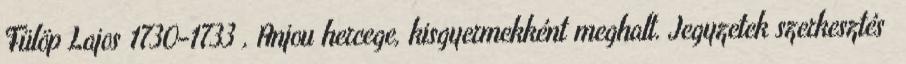
Fülöp Lajos 1730–1733 , Anjou hercege, kisgyermekként meghalt. Jegyzetek szerkesztés